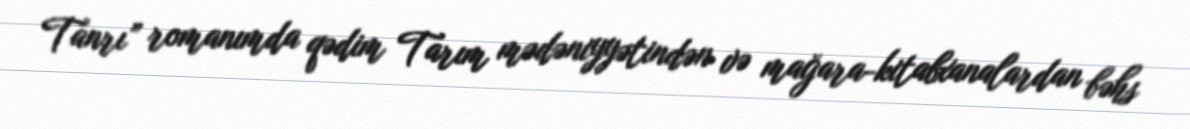
Tanrı” romanımda qədim Tarım mədəniyyətindən və mağara-kitabxanalardan bəhs